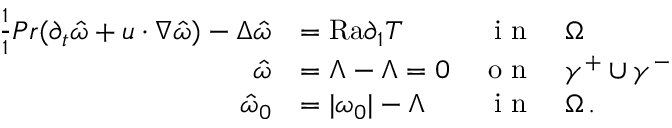
\begin{array} { r l r l } { \frac { 1 } { 1 } { { P r } } ( \partial _ { t } \hat { \omega } + u \cdot \nabla \hat { \omega } ) - \Delta \hat { \omega } } & { = { \mathrm { R a } } \partial _ { 1 } T } & { \textnormal { i n } } & { \Omega } \\ { \hat { \omega } } & { = \Lambda - \Lambda = 0 } & { \textnormal { o n } } & { \gamma ^ { + } \cup \gamma ^ { - } } \\ { \hat { \omega } _ { 0 } } & { = | \omega _ { 0 } | - \Lambda } & { \textnormal { i n } } & { \Omega \, . } \end{array}